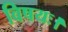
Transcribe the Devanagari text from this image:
विषयः।